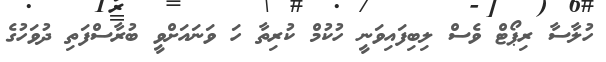
ހުލާސާ ރިޕޯޓް ވެސް ލިބިފައިވަނީ ހުކުމް ކުރިތާ ހަ ވަނައަށްވީ ބުރާސްފަތި ދުވަހުގެ